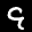
Label: 9